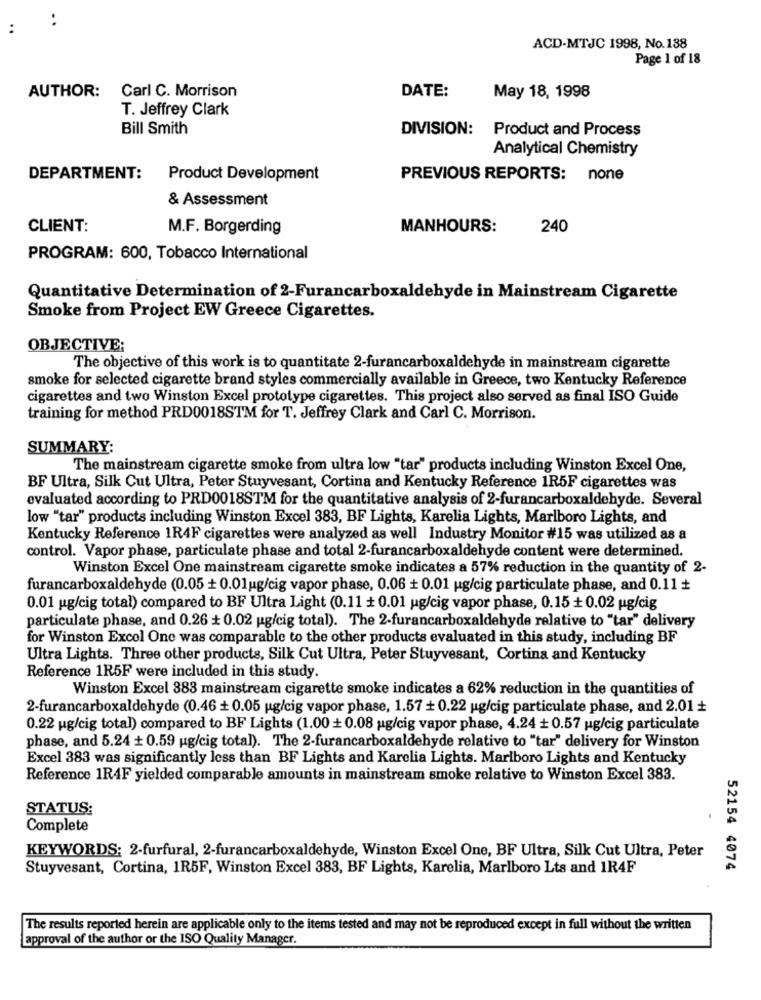
..
ACD-MTJC 1998, No.138
Page 1 of 18
Carl C. Morrison
DATE:
AUTHOR:
May 18, 1998
T. Jeffrey Clark
Bill Smith
DIVISION:
Product and Process
Analytical Chemistry
DEPARTMENT:
Product Development
PREVIOUS REPORTS: none
& Assessment
CLIENT:
M.F. Borgerding
MANHOURS:
240
PROGRAM: 600, Tobacco International
Quantitative Determination of 2-Furancarboxaldehyde in Mainstream Cigarette
Smoke from Project EW Greece Cigarettes.
OBJECTIVE;
The objective of this work is to quantitate 2-furancarboxaldehyde in mainstream cigarette
smoke for selected cigarette brand styles commercially available in Greece, two Kentucky Reference
cigarettes and two Winston Excel prototype cigarettes. This project also served as final ISO Guide
training for method PRD0018STM for T. Jeffrey Clark and Carl C. Morrison.
SUMMARY:
The mainstream cigarette smoke from ultra low "tar" products including Winston Excel One,
BF Ultra, Silk Cut Ultra, Peter Stuyvesant, Cortina and Kentucky Reference 1R5F cigarettes was
evaluated according to PRD0018STM for the quantitative analysis of 2-furancarboxaldehyde. Several
low "tar" products including Winston Excel 383, BF Lights, Karelia Lights, Marlboro Lights, and
Kentucky Reference 1R4F cigarettes were analyzed as well Industry Monitor #15 was utilized as a
control. Vapor phase, particulate phase and total 2-furancarboxaldehyde content were determined.
Winston Excel One mainstream cigarette smoke indicates a 57% reduction in the quantity of 2-
furancarboxaldehyde (0.05 + 0.01ug/cig vapor phase, 0.06 + 0.01 ug/cig particulate phase, and 0.11 +
0.01 ug/cig total) compared to BF Ultra Light (0.11 + 0.01 ug/cig vapor phase, 0.15 +0.02 ug/cig
particulate phase, and 0.26 + 0.02 ug/cig total). The 2-furancarboxaldehyde relative to "tar" delivery
for Winston Excel One was comparable to the other products evaluated in this study, including BF
Ultra Lights. Three other products, Silk Cut Ultra, Peter Stuyvesant, Cortina and Kentucky
Reference 1R5F were included in this study.
Winston Excel 383 mainstream cigarette smoke indicates a 62% reduction in the quantities of
2-furancarboxaldehyde (0.46 + 0.05 ug/cig vapor phase, 1.57 + 0.22 ug/cig particulate phase, and 2.01 +
0.22 ug/cig total) compared to BF Lights (1.00 + 0.08 ug/cig vapor phase, 4.24 + 0.57 ug/cig particulate
phase, and 5.24 + 0.59 ug/cig total). The 2-furancarboxaldehyde relative to "tar" delivery for Winston
Excel 383 was significantly less than BF Lights and Karelia Lights. Marlboro Lights and Kentucky
Reference 1R4F yielded comparable amounts in mainstream smoke relative to Winston Excel 383.
STATUS:
Complete
KEYWORDS: 2-furfural, 2-furancarboxaldehyde, Winston Excel One, BF Ultra, Silk Cut Ultra, Peter
Stuyvesant, Cortina, 1R5F, Winston Excel 383, BF Lights, Karelia, Marlboro Lts and 1R4F
52154 4074
The results reported herein are applicable only to the items tested and may not be reproduced except in full without the written
approval of the author or the ISO Quality Manager.